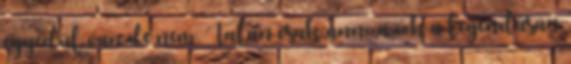
egyedül van.de nem. Talán csak anno azok a legendásan